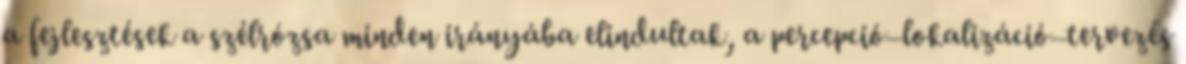
a fejlesztések a szélrózsa minden irányába elindultak, a percepció–lokalizáció–tervezés